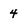
Character: 4